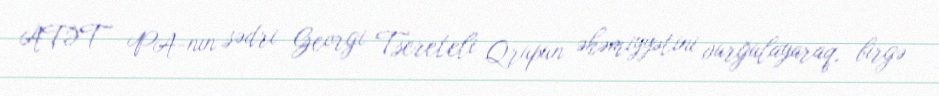
ATƏT PA-nın sədri Georgi Tsereteli Qrupun əhəmiyyətini vurğulayaraq, birgə